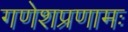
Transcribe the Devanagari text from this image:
गणेशप्रणामः